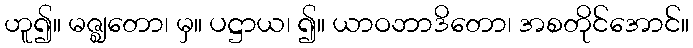
ဟူ၍။ မဇ္ဈတော၊ မှ။ ပဋ္ဌာယ၊ ၍။ ယာဝဘာဒိတော၊ အစတိုင်အောင်။